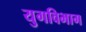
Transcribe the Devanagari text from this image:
युगविभाग